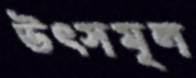
উৎসমূল